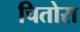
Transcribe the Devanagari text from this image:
चितोरा